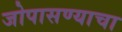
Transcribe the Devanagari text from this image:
जोपासण्याचा